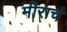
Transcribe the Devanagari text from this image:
मीराचं